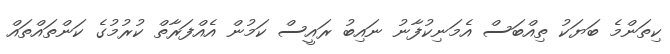
ކިތަންމެ ބަޔަކު ތިއްބަސް އެމަނިކުފާނު ނައިބު ރައީސް ކަމުން އެއްފަރާތް ކުރުމުގެ ކަންތައްތައް